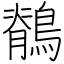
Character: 鶺